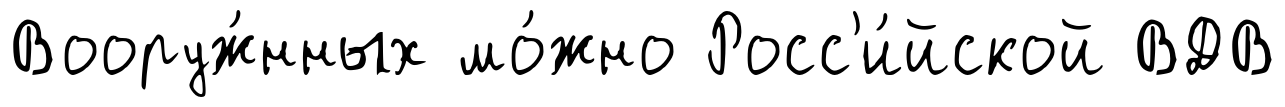
Вооруж́нных мо́жно Росс'и́йской ВДВ